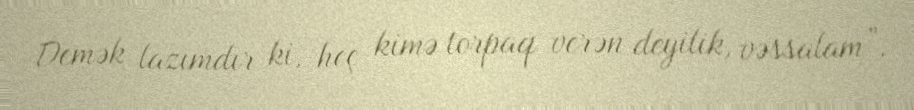
Demək lazımdır ki, heç kimə torpaq verən deyilik, vəssalam”.